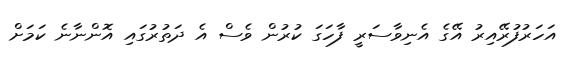
އަހަރުފުރޭއިރު އޭގެ އެނިވާސަރީ ފާހަގަ ކުރުން ވެސް އެ ދަތުރުގައި އޮންނާނެ ކަމަށް